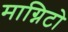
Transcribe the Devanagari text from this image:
माग्निटो